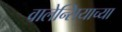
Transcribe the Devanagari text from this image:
वालेन्सियाच्या